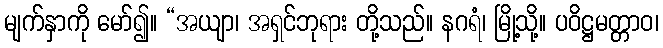
မျက်နှာကို မော်၍။ “အယျာ၊ အရှင်ဘုရား တို့သည်။ နဂရံ၊ မြို့သို့။ ပဝိဋ္ဌမတ္တာဝ၊